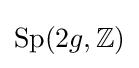
\operatorname {Sp} (2g,\mathbb {Z} )